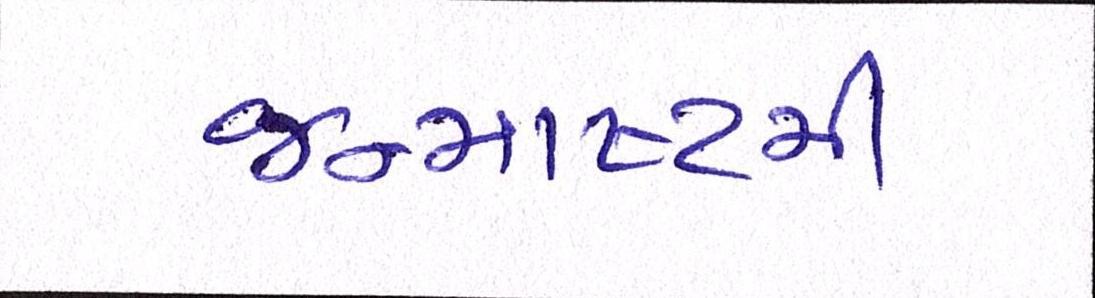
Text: જન્માષ્ટમી